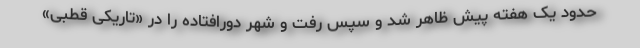
حدود یک هفته پیش ظاهر شد و سپس رفت و شهر دورافتاده را در «تاریکی قطبی»